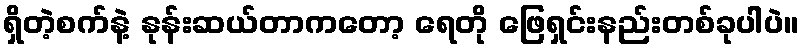
ရှိတဲ့စက်နဲ့ နုန်းဆယ်တာကတော့ ရေတို ဖြေရှင်းနည်းတစ်ခုပါပဲ။